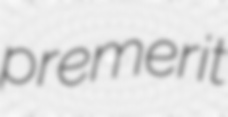
premerit